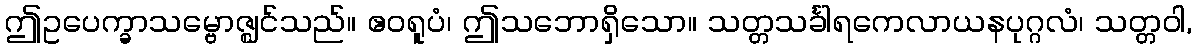
ဤဥပေက္ခာသမ္ဗောဇ္ဈင်သည်။ ဧဝရူပံ၊ ဤသဘောရှိသော။ သတ္တသင်္ခါရကေလာယနပုဂ္ဂလံ၊ သတ္တဝါ,